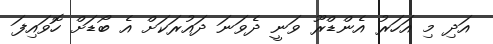
އަދި މި އަހަރު އެންޑްރޫ ވަނީ ދެވަނަ ދައުރަކަށް އެ ބޯޑަށް ހޮވައިފަ